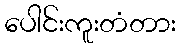
ပေါင်းကူးတံတား